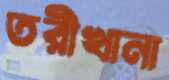
তরীখানা